Vaccination North-Western Provinces 1866-1877 - 1866-1877
Year: 1866
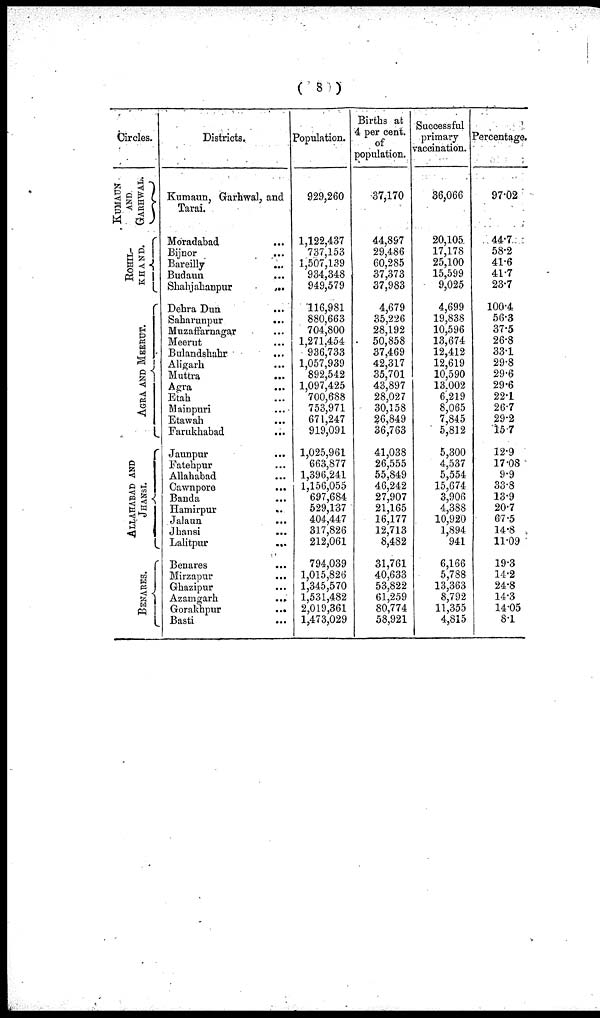
( 8 )
Circles.
KUMAUN AND
GARHWAL.
ROHIL¬
KHAND.
AGRA AND MEERUT.
ALLAHABAD AND
JHANSI.
BENARES.
Districts.
Kumaun, Garhwal, and
Tarai.
Moradabad
...
Bijnor
...
Bareilly
...
Budaun
...
Shahjahanpur
...
Dehra Dun
...
Saharunpur
...
Muzaffarnagar
...
Meerut
...
Bulandshahr
...
Aligarh
...
Muttra
...
Agra
...
Etah
...
Mainpuri
...
Etawah ...
Farukhabad
...
Jaunpur
...
Fatehpur
...
Allahabad
...
Cawnpore
...
Banda ...
Hamirpur
...
Jalaun
...
Jhansi
...
Lalitpur
...
Benares ...
Mirzapur ...
Ghazipur
...
Azamgarh
...
Gorakhpur
...
Basti
...
Population.
929,260
1,122,437
737,153
1,507,139
934,348
949,579
116,981
880,663
704,800
1,271,454
936,733
1,057,939
892,542
1,097,425
700,688
753,971
671,247
919,091
1,025,961
663,877
1,396,241
1,156,055
697,684
529,137
404,447
317,826
212,061
794,039
1,015,826
1,345,570
1,531,482
2,019,361
1,473,029
Births at
4 per cent.
of
population.
37,170
44,897
29,486
60,285
37,373
37,983
4,679
35,226
28,192
50,858
37,469
42,317
35,701
43,897
28,027
30,158
26,849
36,763
41,038
26,555
55,849
46,242
27,907
21,165
16,177
12,713
8,482
31,761
40,633
53,822
61,259
80,774
58,921
Successful
primary
vaccination.
36,066
20,105
17,178
25,100
15,599
9,025
4,699
19,838
10,596
13,674
12,412
12,619
10,590
13,002
6,219
8,065
7,845
5,812
5,300
4,537
5,554
15,674
3,906
4,388
10,920
1,894
941
6,166
5,788
13,363
8,792
11,355
4,815
Percentage.
97.02
44.7
58.2
41.6
41.7
23.7
100.4
56.3
37.5
26.8
33.1
29.8
29.6
29.6
22.1
26.7
29.2
15.7
12.9
17.08
9.9
33.8
13.9
20.7
67.5
14.8
11.09
19.3
14.2
24.8
14.3
14.05
8.1